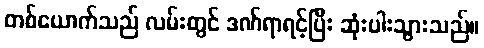
တစ်ယောက်သည် လမ်းတွင် ဒဏ်ရာရင့်ပြီး ဆုံးပါးသွားသည်။